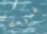
قدومك